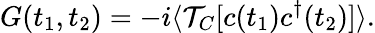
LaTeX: G(t_{1},t_{2})=-i\langle\mathcal{T}_{C}[c(t_{1})c^{\dagger}(t_{2})]\rangle.